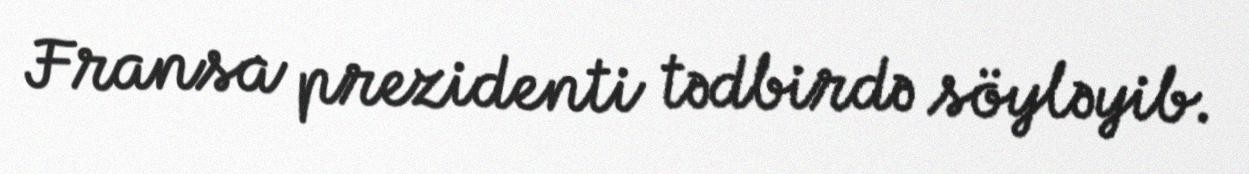
Fransa prezidenti tədbirdə söyləyib.